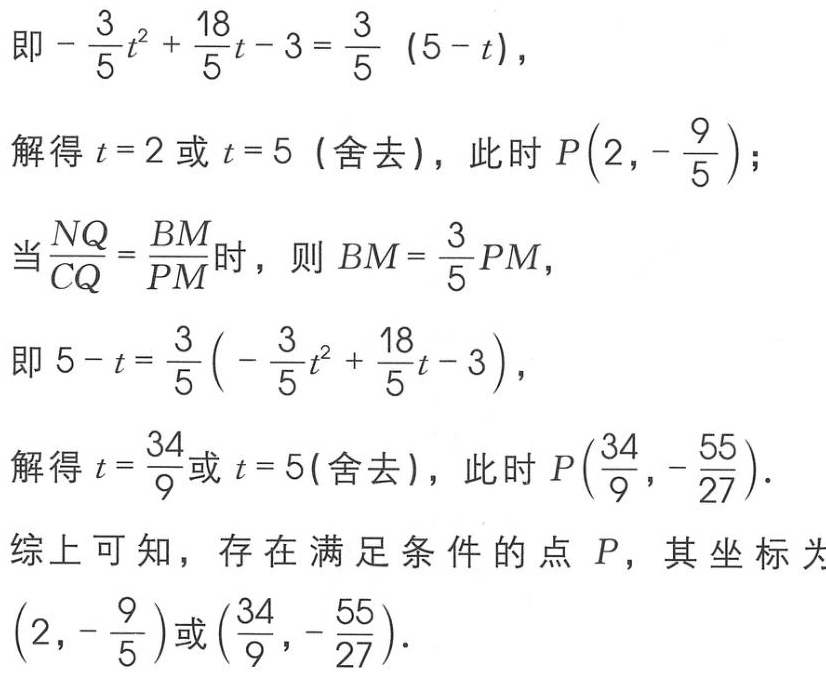
即\(-\frac{3}{5}t^{2}+\frac{18}{5}t - 3=\frac{3}{5}(5 - t)\)，
解得\(t = 2\)或\(t = 5\)（舍去），此时\(P\left(2,-\frac{9}{5}\right)\)；
当\(\frac{NQ}{CQ}=\frac{BM}{PM}\)时，则\(BM=\frac{3}{5}PM\)，
即\(5 - t=\frac{3}{5}\left(-\frac{3}{5}t^{2}+\frac{18}{5}t - 3\right)\)，
解得\(t=\frac{34}{9}\)或\(t = 5\)(舍去)，此时\(P\left(\frac{34}{9},-\frac{55}{27}\right)\).
综上可知，存在满足条件的点 \(P\)，其坐标为\(\left(2,-\frac{9}{5}\right)\)或\(\left(\frac{34}{9},-\frac{55}{27}\right)\).